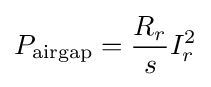
P_{\text{airgap}}={\frac {R_{r}}{s}}I_{r}^{2}